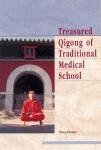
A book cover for Treasured Qigong of Traditional Medical School; Huang Runtian; Education & Teaching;